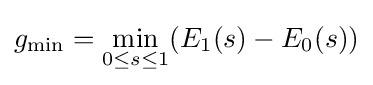
g_{\mathrm {min} }=\min _{0\leq s\leq 1}(E_{1}(s)-E_{0}(s))